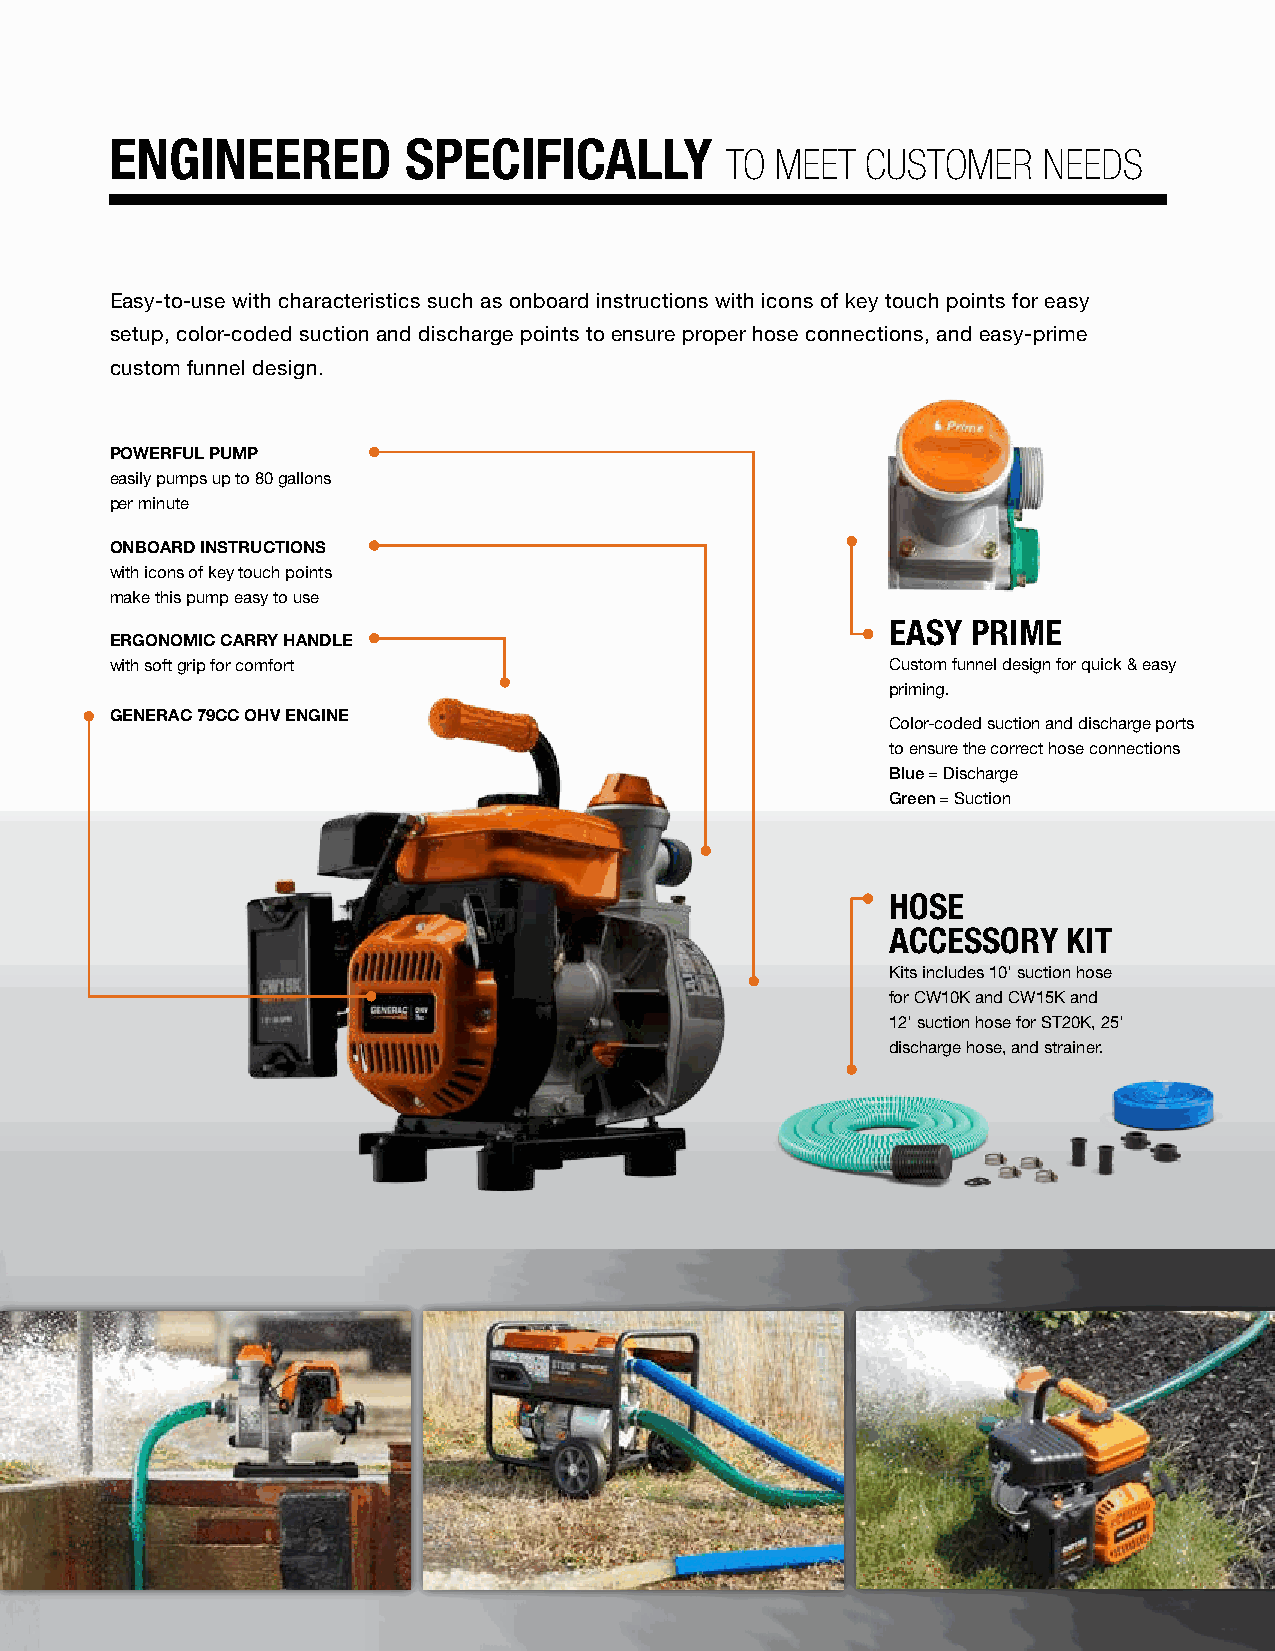
ENGINEERED          SPECIFICALLY
 TO MEET  CUSTOMER    NEEDS
 Easy-to-use with characteristics such as onboard instructions with icons of key touch points for easy
 setup, color-coded suction and discharge points to ensure proper hose connections, and easy-prime
 custom funnel design.
 POWERFUL PUMP
 easily pumps up to 80 gallons
 per minute
 ONBOARD INSTRUCTIONS
 with icons of key touch points
 make this pump easy to use
 EASY PRIME
 ERGONOMIC CARRY HANDLE
 with soft grip for comfort                          Custom funnel design for quick & easy
 priming.
 GENERAC 79CC OHV ENGINE
 Color-coded suction and discharge ports
 to ensure the correct hose connections
 Blue = Discharge
 Green = Suction
 HOSE
 ACCESSORY   KIT
 Kits includes 10' suction hose
 for CW10K and CW15K and
 12' suction hose for ST20K, 25'
 discharge hose, and strainer.